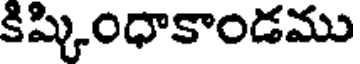
కిష్కింధాకాండము